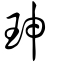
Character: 珅